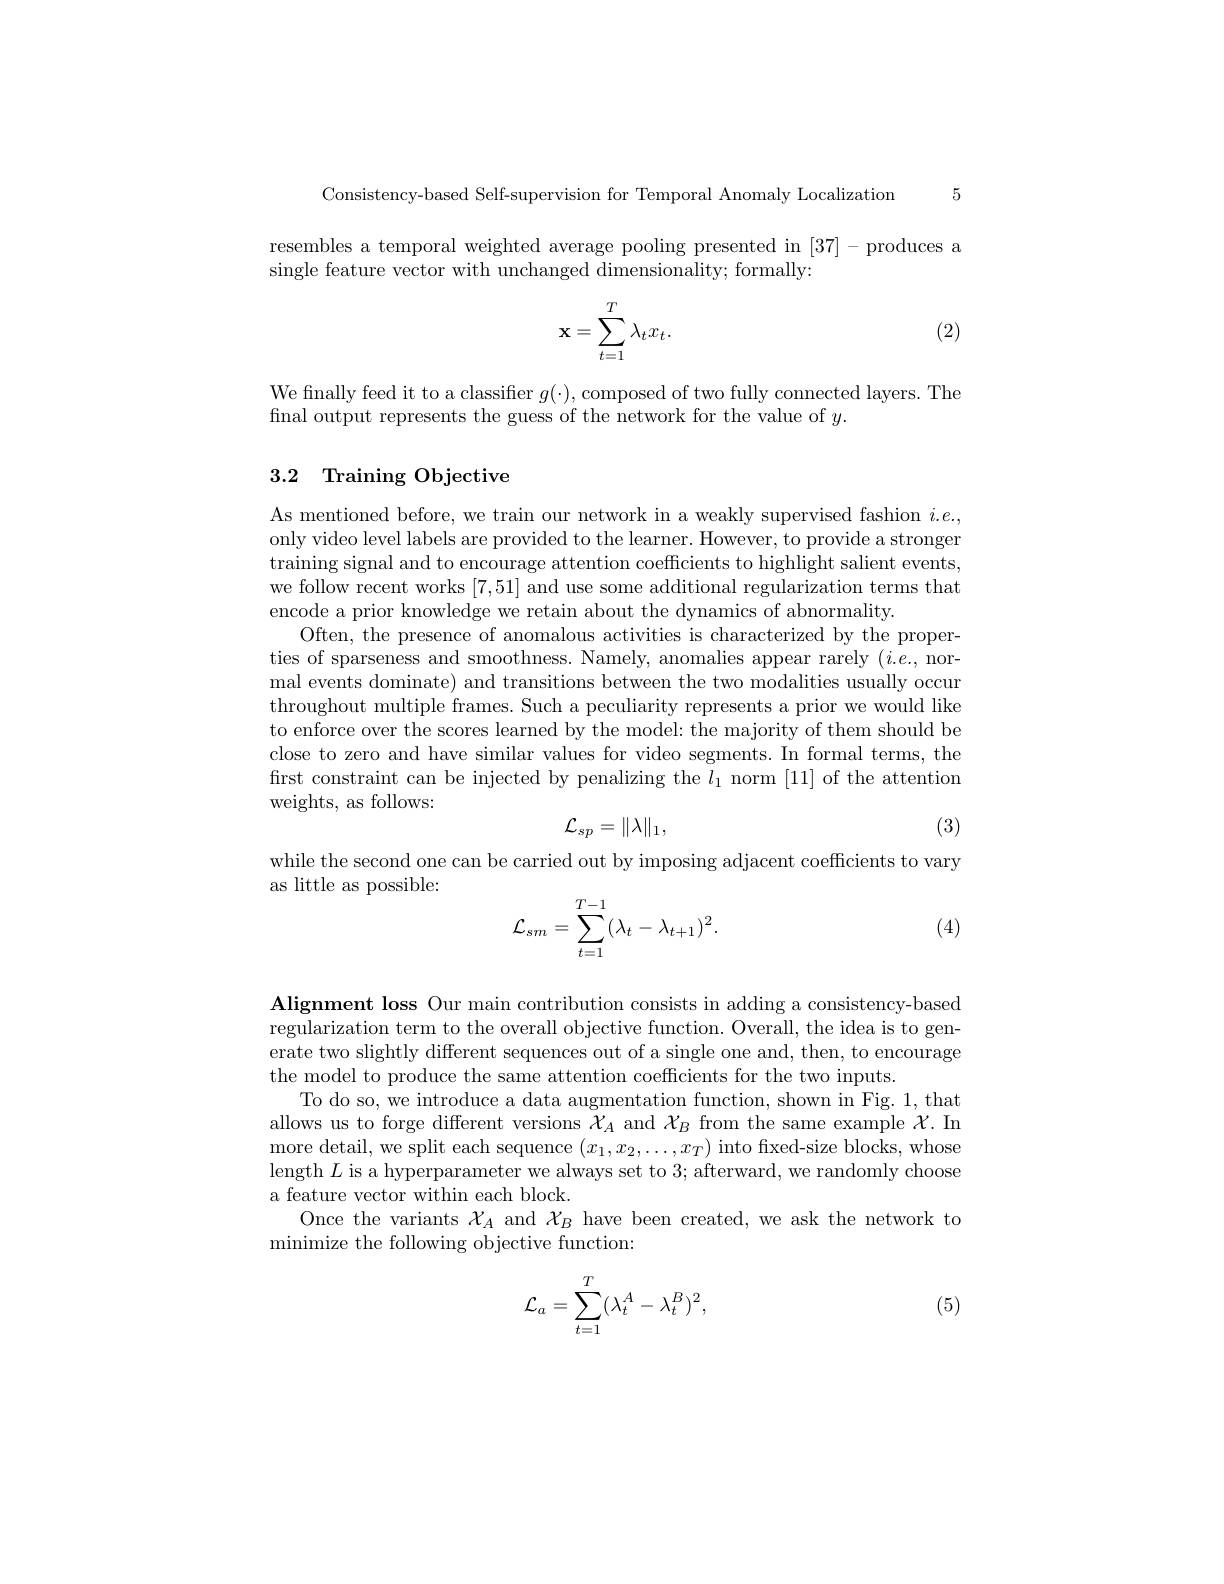
Consistency-based Self-supervision for Temporal Anomaly Localization 5

resembles a temporal weighted average pooling presented in [37]-produces a
single feature vector with unchanged dimensionality; formally:
$$\mathbf{x}=\sum_{t=1}^T\lambda_tx_t.$$
(2)

We finally feed it to a classifier $g(\cdot)$,composed of two fully connected layers. The
final output represents the guess of the network for the value of $y.$

## 3.2 Training Objective

As mentioned before, we train our network in a weakly supervised fashion $i.e.$, only video level labels are provided to the learner. However, to provide a stronger training signal and to encourage attention coefficients to highlight salient events, we follow recent works [7,51] and use some additional regularization terms that encode a prior knowledge we retain about the dynamics of abnormality.
Often, the presence of anomalous activities is characterized by the properties of sparseness and smoothness. Namely, anomalies appear rarely $(i.e.$, normal events dominate) and transitions between the two modalities usually occur throughout multiple frames. Such a peculiarity represents a prior we would like to enforce over the scores learned by the model: the majority of them should be close to zero and have similar values for video segments. In formal terms, the first constraint can be injected by penalizing the $l_1$ norm [11] of the attention weights, as follows:
$$\mathcal{L}_{sp}=\|\lambda\|_1,$$
(3)

while the second one can be carried out by imposing adjacent coefficients to vary
as little as possible:
$$\mathcal{L}_{sm}=\sum\limits_{t=1}^{T-1}(\lambda_t-\lambda_{t+1})^2.$$
(4)

Alignment loss Our main contribution consists in adding a consistency-based regularization term to the overall objective function. Overall, the idea is to generate two slightly different sequences out of a single one and, then, to encourage the model to produce the same attention coefficients for the two inputs.
To do so, we introduce a data augmentation function, shown in Fig. 1, that allows us to forge different versions $\chi_A$ and $\chi_B$ from the same example $\chi.$ In more detail, we split each sequence $(x_1,x_2,\ldots,x_T)$ into fixed-size blocks, whose length $L$ is a hyperparameter we always set to 3; afterward, we randomly choose a feature vector within each block
Once the variants $\mathcal{X}_A$ and $\mathcal{X}_B$ have been created, we ask the network to
minimize the following objective function:
$$\mathcal{L}_a=\sum_{t=1}^T(\lambda_t^A-\lambda_t^B)^2,$$
(5)